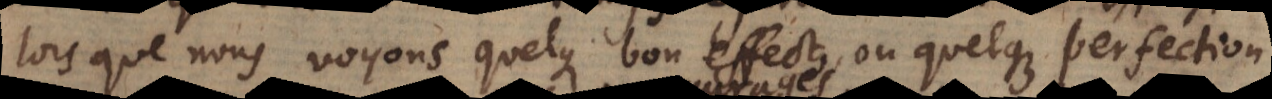
lors que nous voyons quelque bon effect, ou quelque perfection